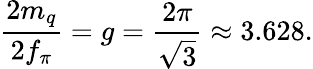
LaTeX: \frac{2m_{q}}{2f_{\pi}}=g=\frac{2\pi}{\sqrt{3}}\approx 3.628.